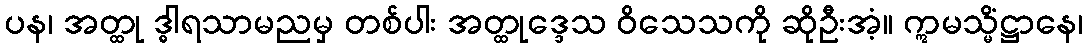
ပန၊ အတ္ထု ဒ္ဓါရသာမညမှ တစ်ပါး အတ္ထုဒ္ဒေသ ဝိသေသကို ဆိုဦးအံ့။ ဣမသ္မိံဋ္ဌာနေ၊